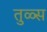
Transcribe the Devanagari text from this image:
तुळ्स